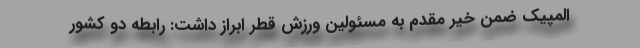
المپیک ضمن خیر مقدم به مسئولین ورزش قطر ابراز داشت: رابطه دو کشور